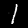
Label: 1